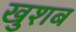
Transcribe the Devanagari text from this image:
खुशब